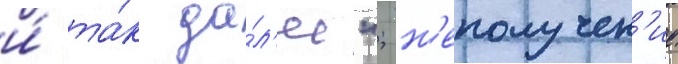
и́ та́к да́л'ее"; н'еполучен'ие